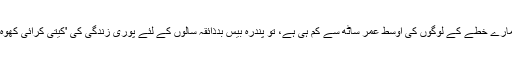
تو جی بات یہ ہے کہ ہمارے خطّے کے لوگوں کی اوسط عمر ساٹھ سے کم ہی ہے، تو پندرہ بیس بدذائقہ سالوں کے لئے پوری زندگی کی 'کیتی کرائی کھوہ' میں ڈالنے کا کیا فائدہ؟